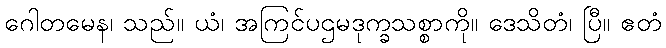
ဂေါတမေန၊ သည်။ ယံ၊ အကြင်ပဌမဒုက္ခသစ္စာကို။ ဒေသိတံ၊ ပြီ။ ဧတံ